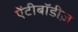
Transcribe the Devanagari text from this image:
ऐंटीबॉडीज़